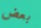
بعض